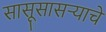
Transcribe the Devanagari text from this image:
सासूसासऱ्याचे